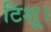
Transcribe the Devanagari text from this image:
टिशू।